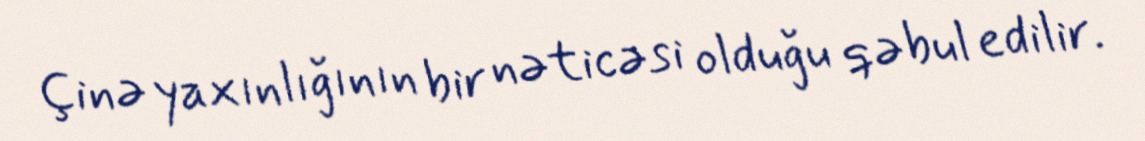
Çinə yaxınlığının bir nəticəsi olduğu qəbul edilir.